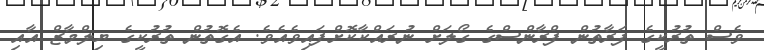
ވެސް ތުރުކީގެ ފަރާތުން ފްރާންސްގެ ގޯލަށް ނުރައްކާކޮށްފައިވެއެވެ. އެގޮތުން ތުރުކީގެ ޔިލްމާޒް އާއި